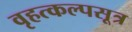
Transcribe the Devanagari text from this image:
वृहत्कल्पसूत्र